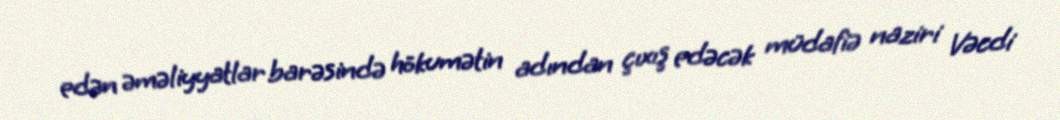
edən əməliyyatlar barəsində hökumətin adından çıxış edəcək müdafiə naziri Vəcdi